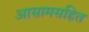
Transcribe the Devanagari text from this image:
आसामसहित